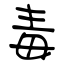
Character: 毒